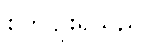
စိုက်ပျိုးရသည်